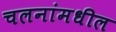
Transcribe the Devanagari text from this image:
चलनांमधील